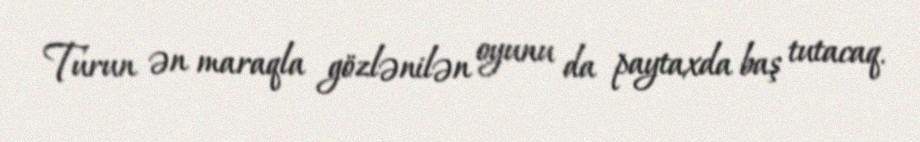
Turun ən maraqla gözlənilən oyunu da paytaxda baş tutacaq.